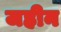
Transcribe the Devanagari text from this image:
जहीन